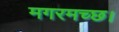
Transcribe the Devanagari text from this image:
मगरमच्छ।